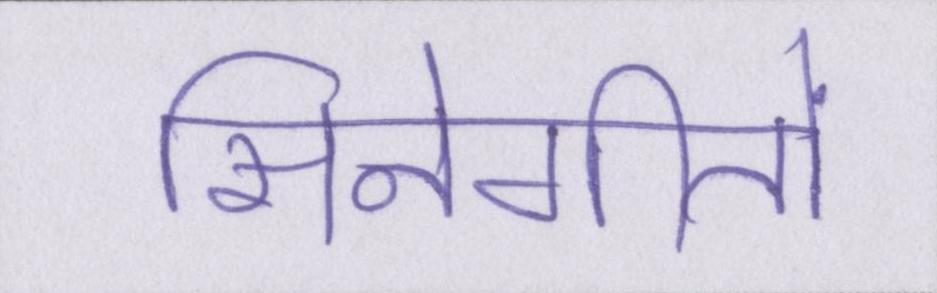
सिनेगीतों